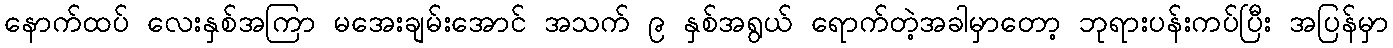
နောက်ထပ် လေးနှစ်အကြာ မအေးချမ်းအောင် အသက် ၉ နှစ်အရွယ် ရောက်တဲ့အခါမှာတော့ ဘုရားပန်းကပ်ပြီး အပြန်မှာ